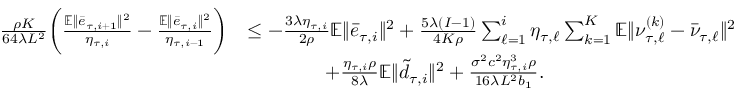
\begin{array} { r l } { \frac { \rho K } { 6 4 \lambda L ^ { 2 } } \bigg ( \frac { \mathbb { E } \| \bar { e } _ { \tau , i + 1 } \| ^ { 2 } } { \eta _ { \tau , i } } - \frac { \mathbb { E } \| \bar { e } _ { \tau , i } \| ^ { 2 } } { \eta _ { \tau , i - 1 } } \bigg ) } & { \leq - \frac { 3 \lambda \eta _ { \tau , i } } { 2 \rho } \mathbb { E } \| \bar { e } _ { \tau , i } \| ^ { 2 } + \frac { 5 \lambda ( I - 1 ) } { 4 K \rho } \sum _ { \ell = 1 } ^ { i } \eta _ { \tau , \ell } \sum _ { k = 1 } ^ { K } \mathbb { E } \| \nu _ { \tau , \ell } ^ { ( k ) } - \bar { \nu } _ { \tau , \ell } \| ^ { 2 } } \\ & { \qquad \qquad + \frac { \eta _ { \tau , i } \rho } { 8 \lambda } \mathbb { E } \| \tilde { d } _ { \tau , i } \| ^ { 2 } + \frac { \sigma ^ { 2 } c ^ { 2 } \eta _ { \tau , i } ^ { 3 } \rho } { 1 6 \lambda L ^ { 2 } b _ { 1 } } . } \end{array}